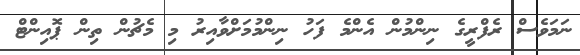
ނަމަވެސް ރެފްރީގެ ނިންމުން އެންމެ ފަހު ނިންމުމަށްވާއިރު މި މެޗުން ތިން ޕޮއިންޓް